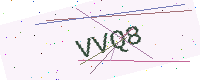
Text: VVQ8